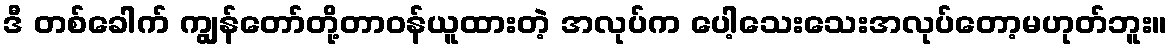
ဒီ တစ်ခေါက် ကျွန်တော်တို့တာဝန်ယူထားတဲ့ အလုပ်က ပေါ့သေးသေးအလုပ်တော့မဟုတ်ဘူး။